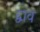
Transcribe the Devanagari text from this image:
द्वाव